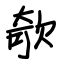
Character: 欹